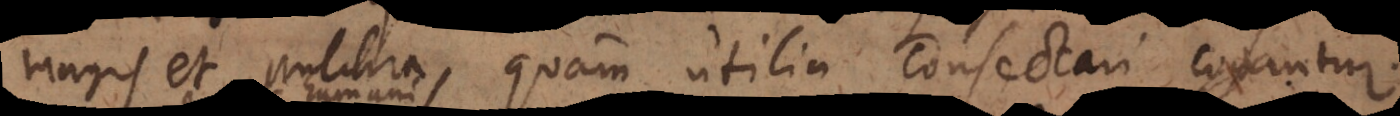
magis et pulchra, quam utilia consectari cogantu